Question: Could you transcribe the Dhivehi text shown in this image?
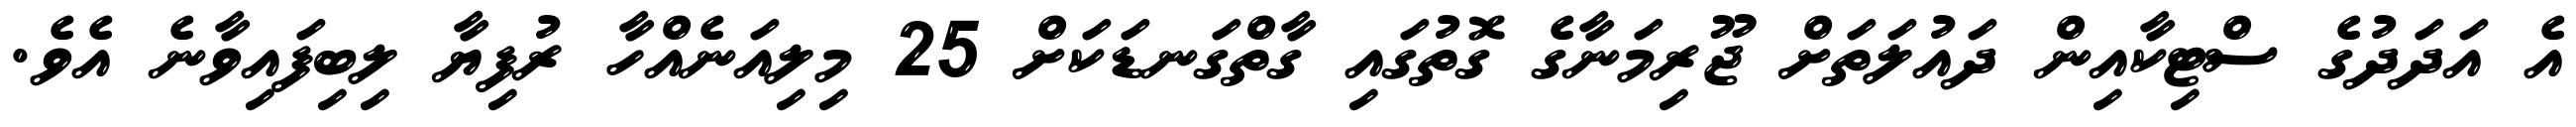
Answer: އެ އަދަދުގެ ސްޓިކާއިން ދައުލަތަށް ޖޫރިމަނާގެ ގޮތުގައި ގާތްގަނޑަކަށް 25 މިލިއަނެއްހާ ރުފިޔާ ލިބިފައިވާނެ އެވެ.